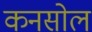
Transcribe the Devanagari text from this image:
कनसोल